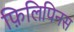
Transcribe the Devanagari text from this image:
फ़िलिपिनस